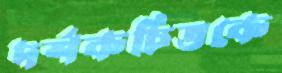
দর্শকচিত্তকে